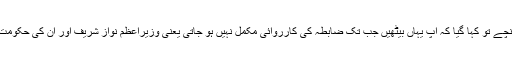
وہ وہاں پہنچے تو کہا گیا کہ آپ یہاں بیٹھیں جب تک ضابطہ کی کارروائی مکمل نہیں ہو جاتی یعنی وزیراعظم نواز شریف اور ان کی حکومت کا خاتمہ۔